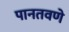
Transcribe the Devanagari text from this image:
पानतवणे